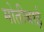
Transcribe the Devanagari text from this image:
मोतीबाई